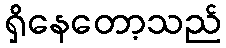
ရှိနေတော့သည်